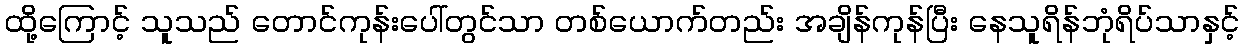
ထို့ကြောင့် သူသည် တောင်ကုန်းပေါ်တွင်သာ တစ်ယောက်တည်း အချိန်ကုန်ပြီး နေသူရိန်ဘုံရိပ်သာနှင့်